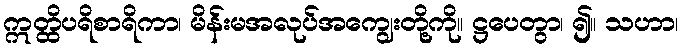
ဣတ္ထိပရိစာရိကာ၊ မိန်းမအလုပ်အကျွေးတို့ကို။ ဋ္ဌပေတွာ၊ ၍။ သဟာ၊